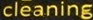
cleaning